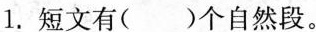
1. 短文有( )个自然段。